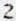
2